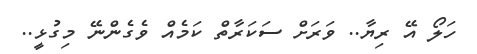
ހަލޯ އޭ ރިިޔާ.. ވަރަށް ސަކަރާތް ކަމެއް ވެގެންނޭ މިގުޅީ..